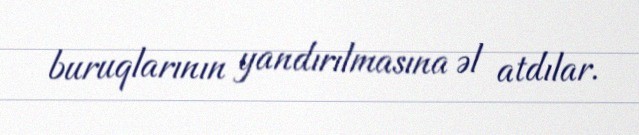
buruqlarının yandırılmasına əl atdılar.